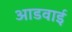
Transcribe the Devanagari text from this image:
आडवाई